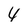
Character: 4